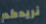
نريدكم